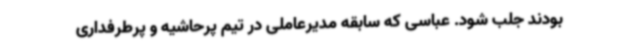
بودند جلب شود. عباسی که سابقه مدیرعاملی در تیم پرحاشیه و پرطرفداری